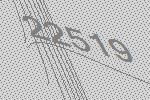
22519